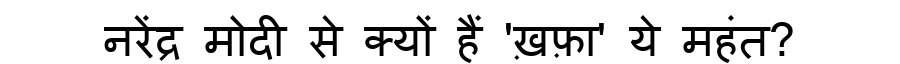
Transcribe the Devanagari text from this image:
नरेंद्र मोदी से क्यों हैं 'ख़फ़ा' ये महंत?